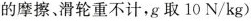
的摩擦、滑轮重不计，g取10N/kg)